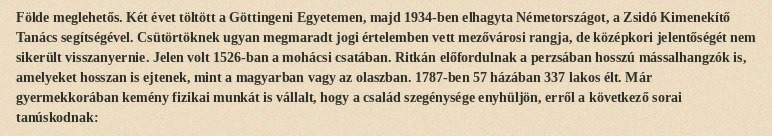
Földe meglehetős. Két évet töltött a Göttingeni Egyetemen, majd 1934-ben elhagyta Németországot, a Zsidó Kimenekítő Tanács segítségével. Csütörtöknek ugyan megmaradt jogi értelemben vett mezővárosi rangja, de középkori jelentőségét nem sikerült visszanyernie. Jelen volt 1526-ban a mohácsi csatában. Ritkán előfordulnak a perzsában hosszú mássalhangzók is, amelyeket hosszan is ejtenek, mint a magyarban vagy az olaszban. 1787-ben 57 házában 337 lakos élt. Már gyermekkorában kemény fizikai munkát is vállalt, hogy a család szegénysége enyhüljön, erről a következő sorai tanúskodnak: